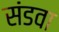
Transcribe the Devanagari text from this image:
संडवा